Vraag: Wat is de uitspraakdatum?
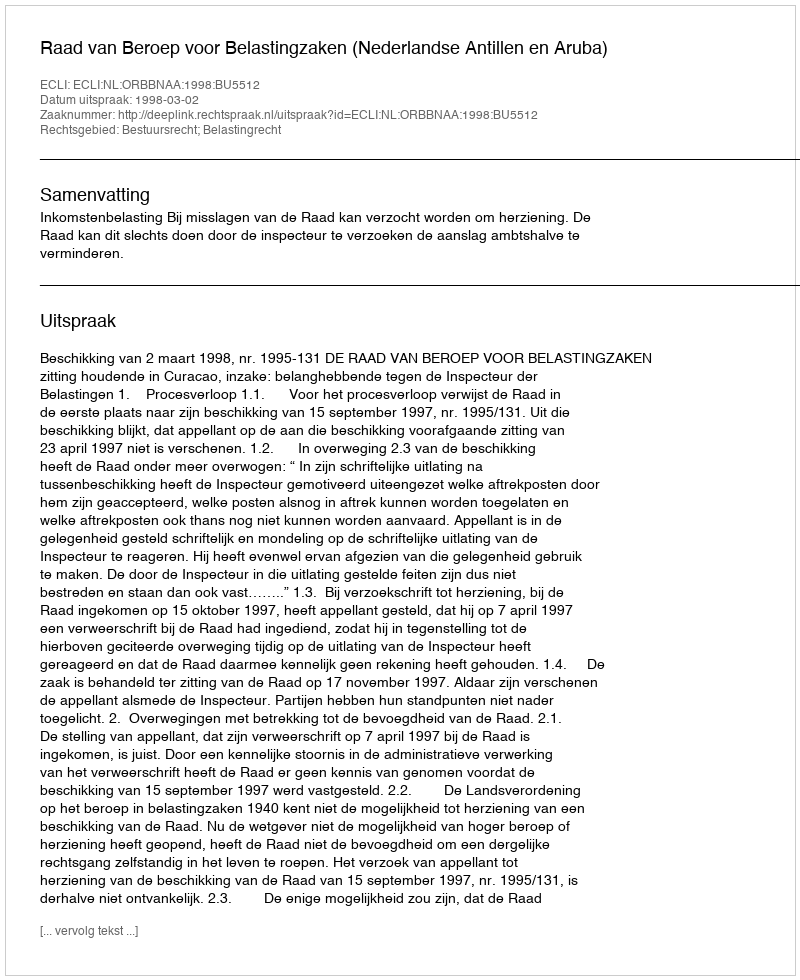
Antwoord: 1998-03-02